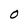
Character: O